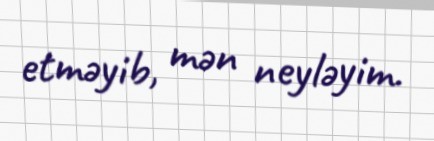
etməyib, mən neyləyim.